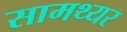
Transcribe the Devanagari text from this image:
सामथ्यर